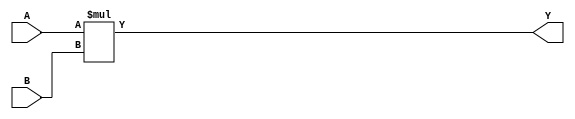
module test(A, B, Y);
    input  [1:0] A, B;
    output [1:0] Y = A * B;
endmodule